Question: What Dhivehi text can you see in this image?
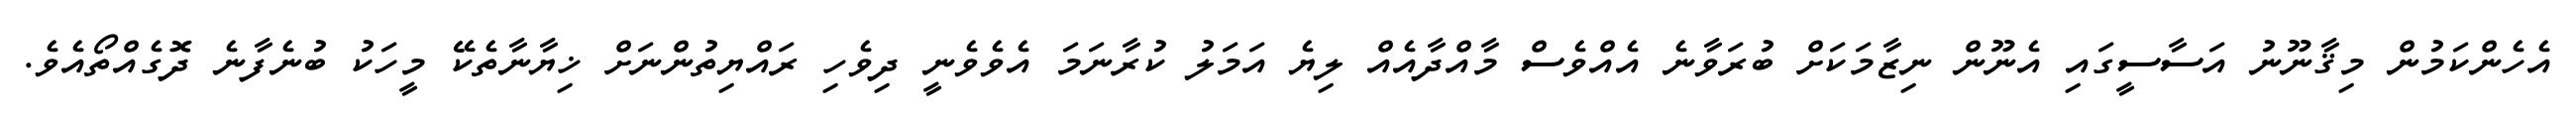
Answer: އެހެންކަމުން މިޤާނޫނު އަސާސީގައި އެނޫން ނިޒާމަކަށް ބުރަވާނެ އެއްވެސް މާއްދާއެއް ލިޔެ އަމަލު ކުރާނަމަ އެވެވެނީ ދިވެހި ރައްޔިތުންނަށް ޚިޔާނާތެކޭ މީހަކު ބުނެފާނެ ދޮގެއްތޯއެވެ.